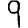
Digit: 9